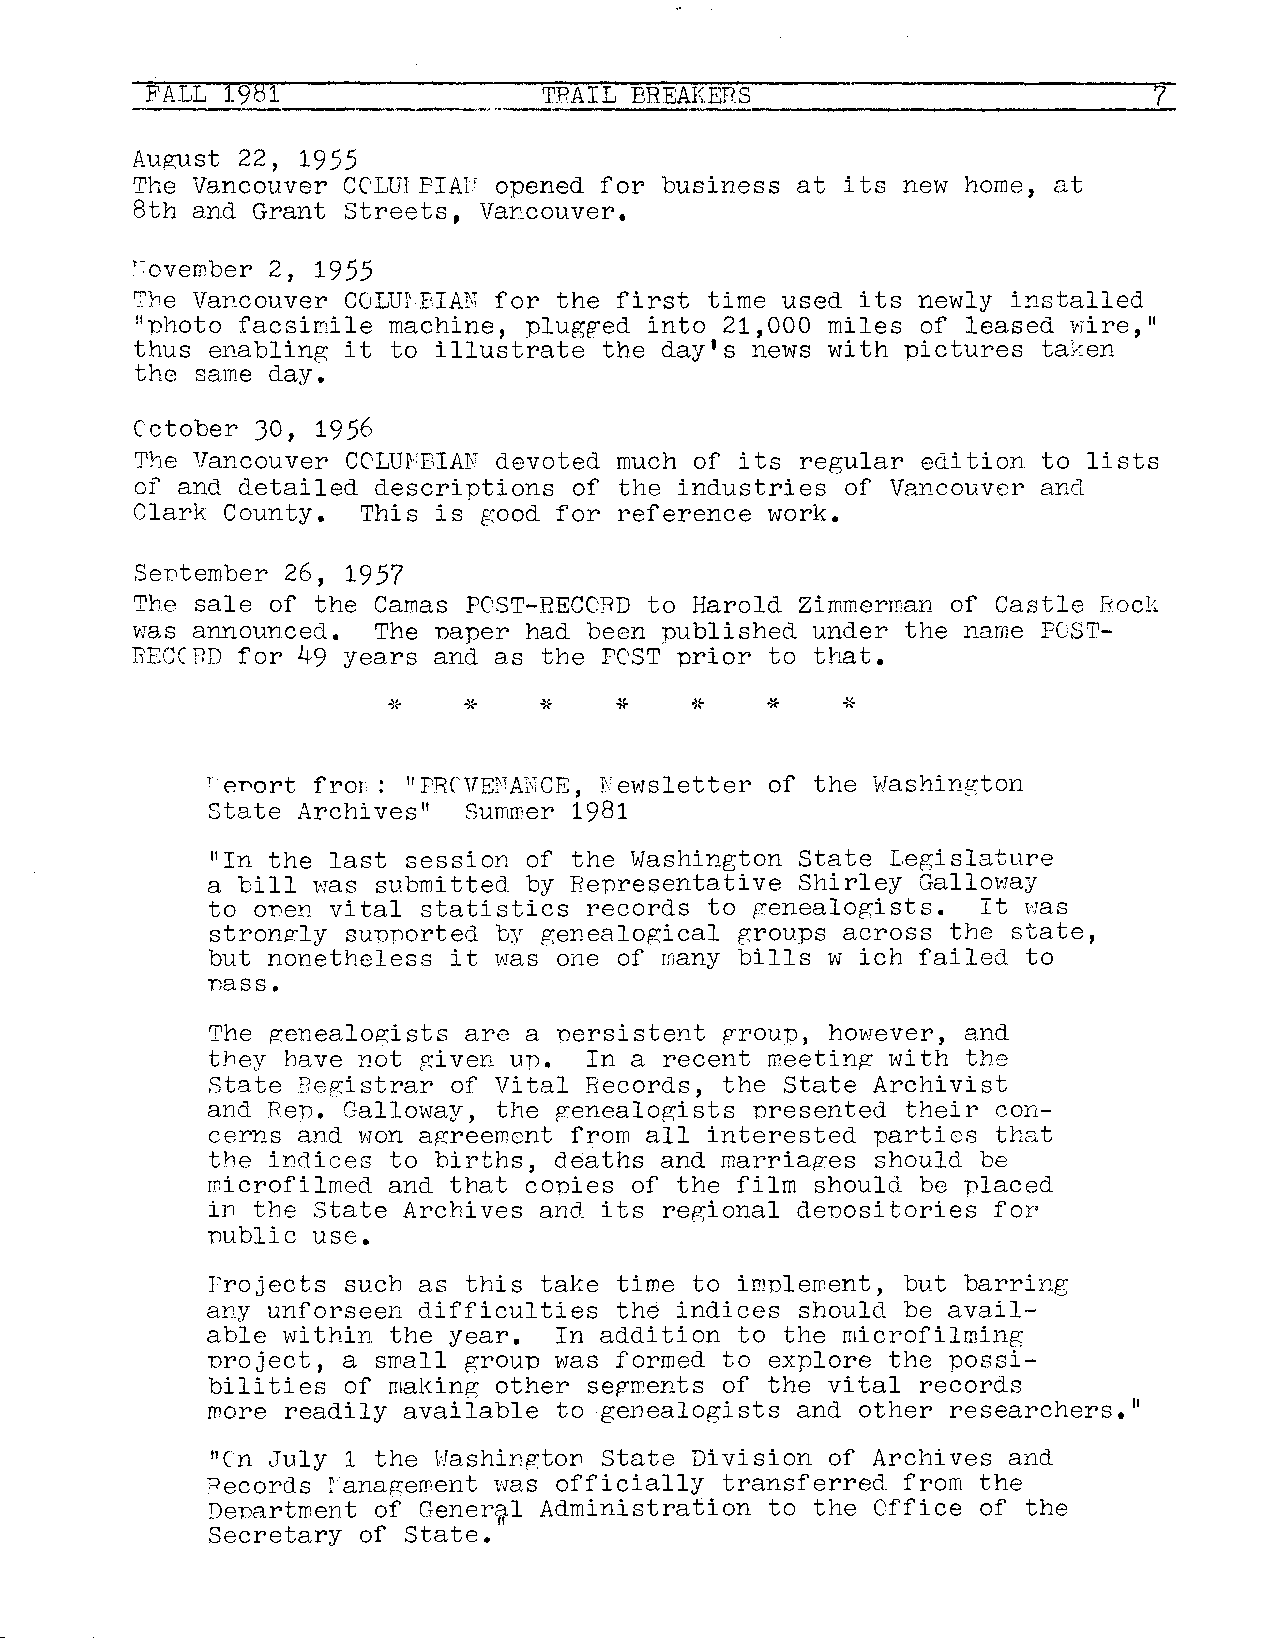
FALL 1981                 TRAIL BREAKEHS                          7
 August 22, 1955
 The Vancouver CC'LUI PIA1' opened for business at its new home, at
 8th and Grant Streets, Vancouver.
 Fovember 2, 1955
 The Vancouver COLDr,BIAN for the first time used its newly installed
 "photo facsimile machine, plugged into 21,000 miles of leased wire, 11
 thus enabling it to illustrate the day's news with pictures taken
 the same day.
 Cctober JO, 1956
 The Vancouver CCLUr'BIAN devoted much of its regular edition to lists
 of and detailed descriptions of the industries of Vancouver and
 Clark County.  This is good for reference work.
 Sentember 26, 1957
 The sale of the Camas POST-RECC:RD to Harold Zimmerman of Castle Bock
 was announced.  The naper had been published under the name PC,ST
 BECCBD for 49 years and as the FCST prior to that.
 *    *              *
 r er-ort fror: 11 PRCVE~TANCE, Newsletter of the Washington
 State Archives"  Summer 1981
 11In the last session of the Washington State Legislature
 a bill was submitted. by Representative Shirley Galloway
 to onen vital statistics records to genealogists.  It was
 strongly supnorted by genealogical groups across the state,
 but nonetheless it was one of many bills w ich failed to
 nass.
 The genealogists are a persistent group, however, and
 they have not given un.  In a recent meeting with the
 State Begistrar of Vital Records, the State Archivist
 and Rep. Galloway, the genealogists nresented their con
 cerns and won agreement from all interested parties that
 the indices to births, deaths and marriages should be
 microfilmed and that copies of the film should be placed
 in the State Archives and its regional denositories for
 nublic use.
 rrojects such as this take time to implement, but barring
 any unforseen difficulties the indices should be avail
 able within the year.  In addition to the microfilming
 nroject, a small group was formed to explore the possi
 bilities of making other segments of the vital records
 more readily available to genealogists and other researchers."
 "Cn July 1 the Washington State Division of Archives and
 Pecords ranagement was officially transferred from the
 Denartment of Gener~l Administration to the Office of the
 Secretary of State.